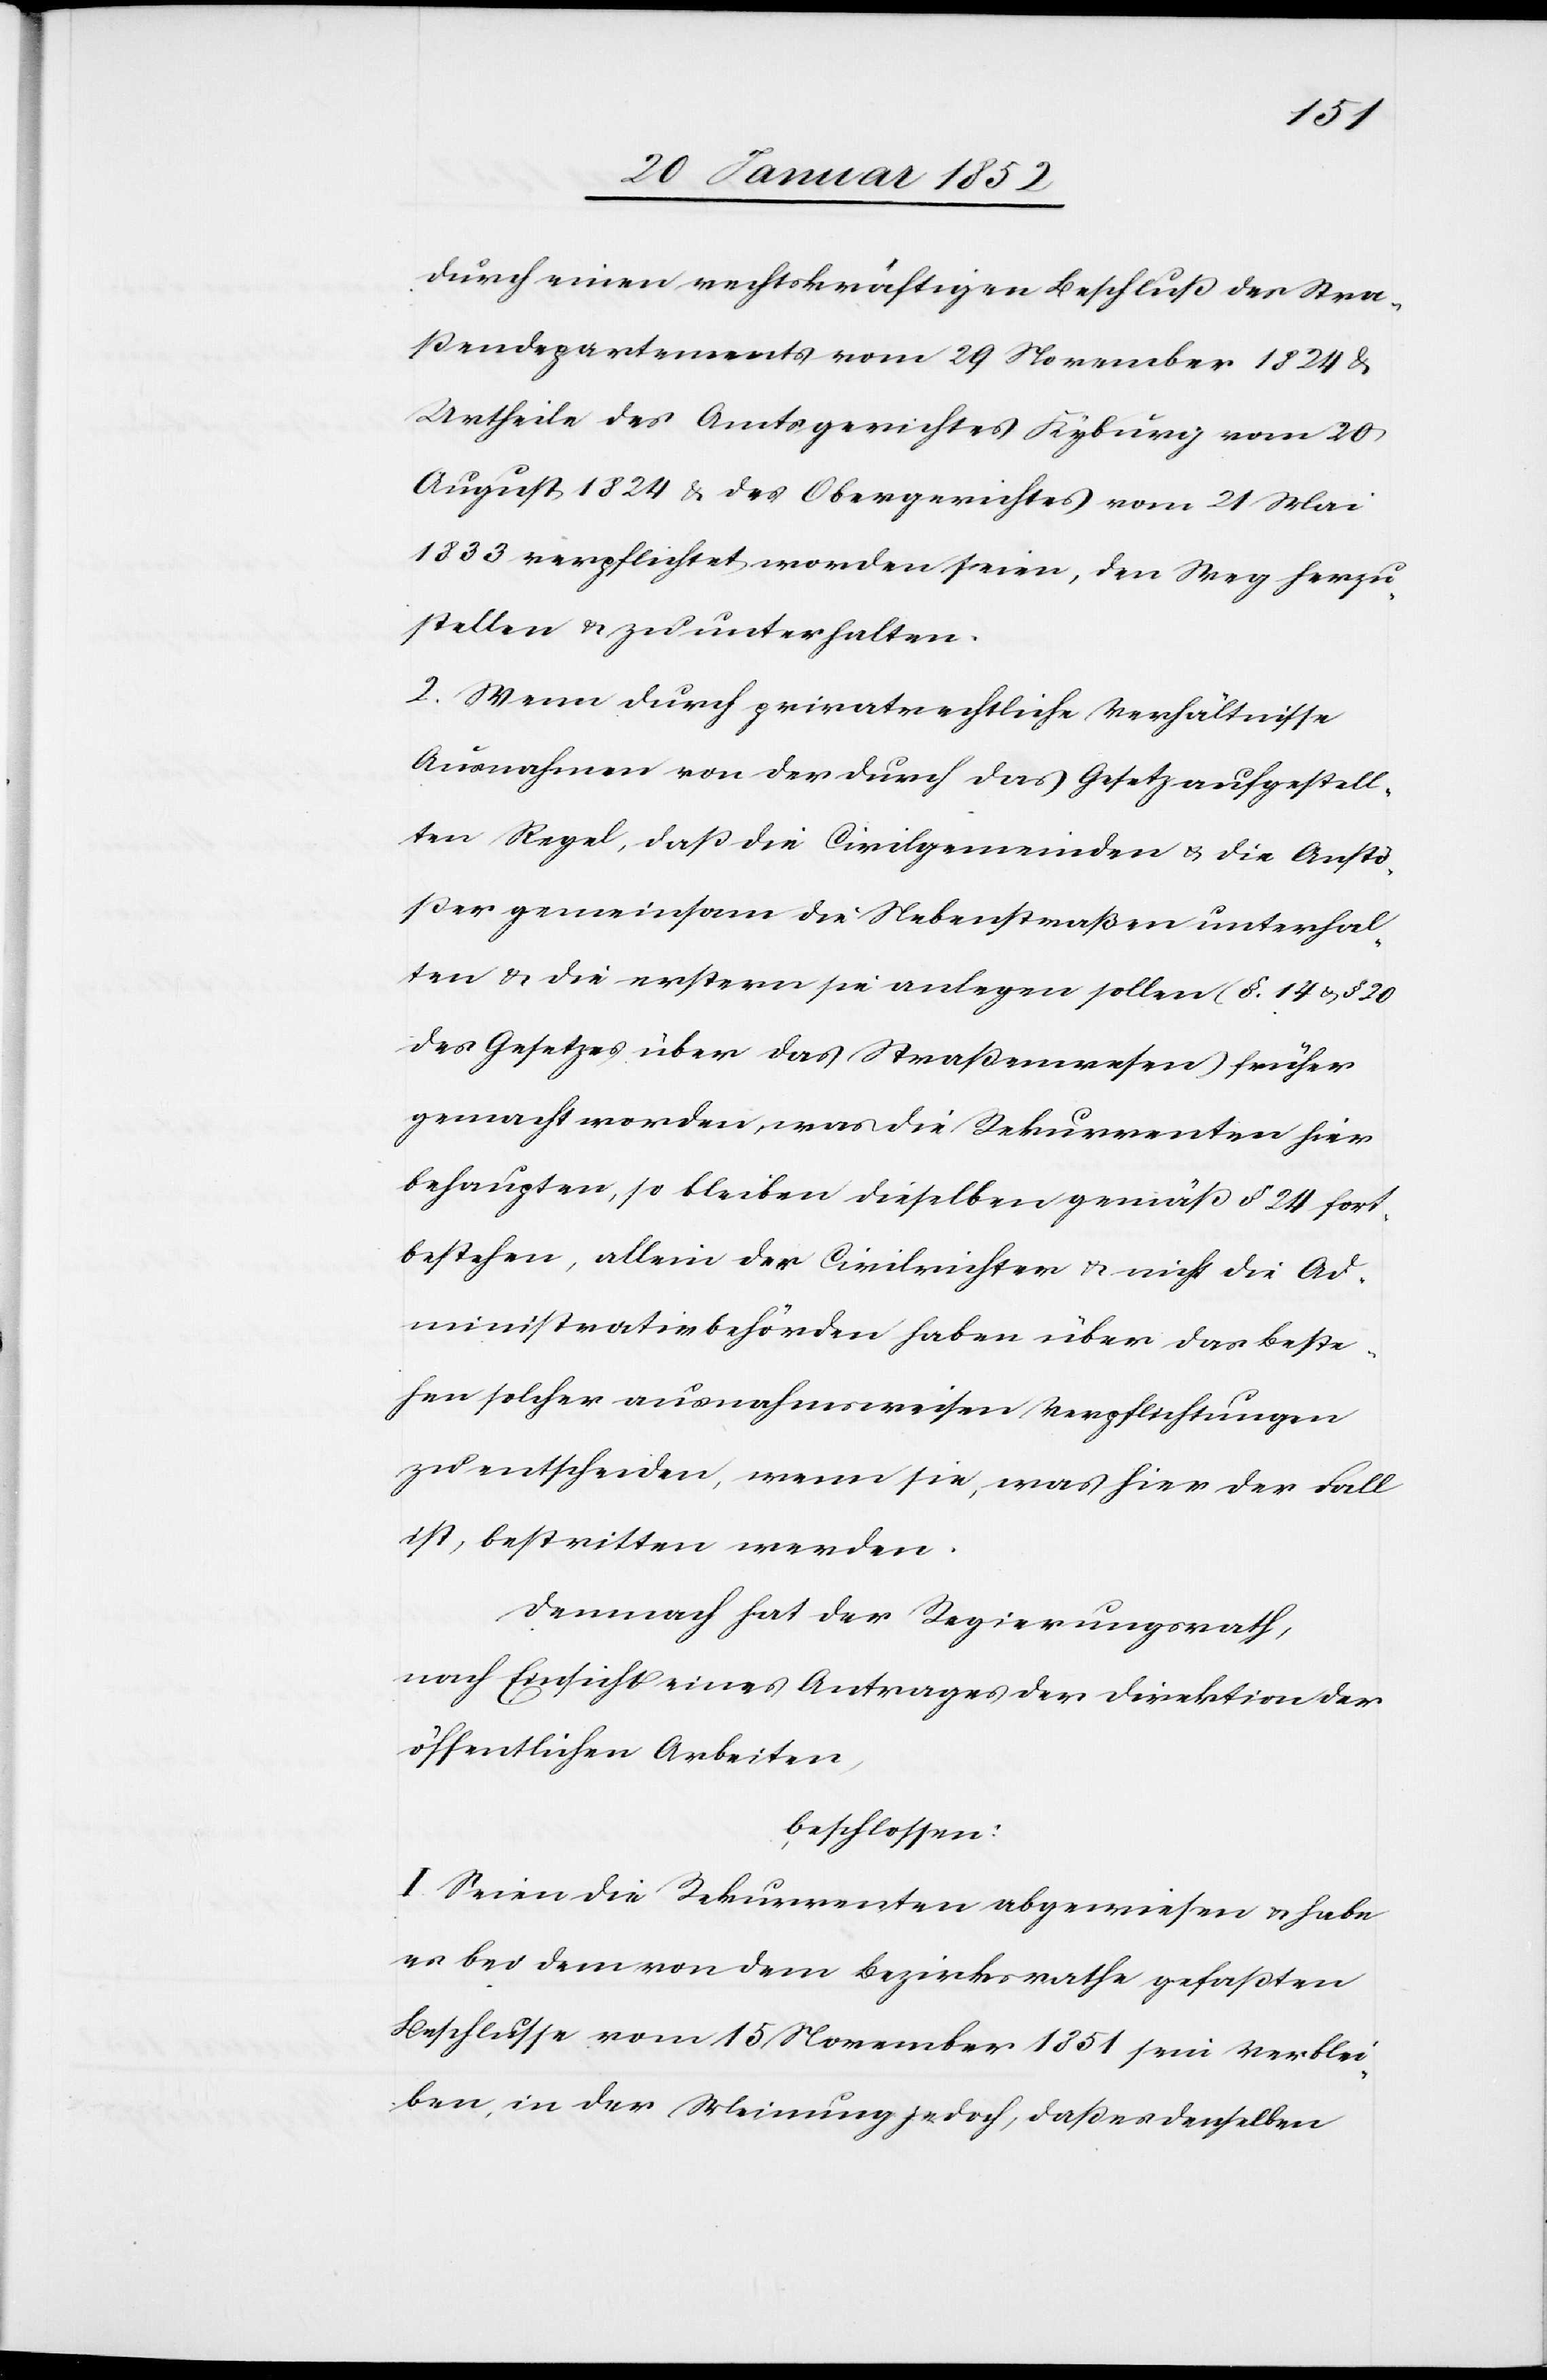
durch einen rechtskräftigen Beschluß des Stra¬
ßendepartements vom 29 November 1824 &
Urtheile des Amtsgerichtes Kyburg vom 20
1833 verpflichtet worden seien, den Weg herzu¬
stellen u. zu unterhalten.
2. Wenn durch privatrechtliche Verhältnisse
Ausnahmen von der durch das Gesetz aufgestell¬
ten Regel, daß die Civilgemeinden u. die Anstö¬
ßer gemeinsam die Nebenstraßen unterhal¬
ten u. die erstern sie anlegen sollen (§. 14 u. § 20
des Gesetzes über das Straßenwesen) früher
gemacht worden, was die Rekurrenten hier
behaupten, so bleiben dieselben gemäß § 24 fort¬
bestehen, allein der Civilrichter u. nicht die Ad¬
ministrativbehörden haben über das Beste¬
hen solcher ausnahmsweisen Verpflichtungen
zu entscheiden, wenn sie, was hier der Fall
ist, bestritten werden.
Demnach hat der Regierungsrath,
nach Einsicht eines Antrages der Direktion der
öffentlichen Arbeiten,
beschlossen:
I. Seien die Rekurrenten abgewiesen u. habe
es bei dem von dem Bezirksrathe gefaßten
Beschlusse vom 15 November 1851 sein Verblei¬
ben, in der Meinung jedoch, daß es denselben